Report on the lunatic asylums under the Government of Bombay - 1904-1913
Year: 1904
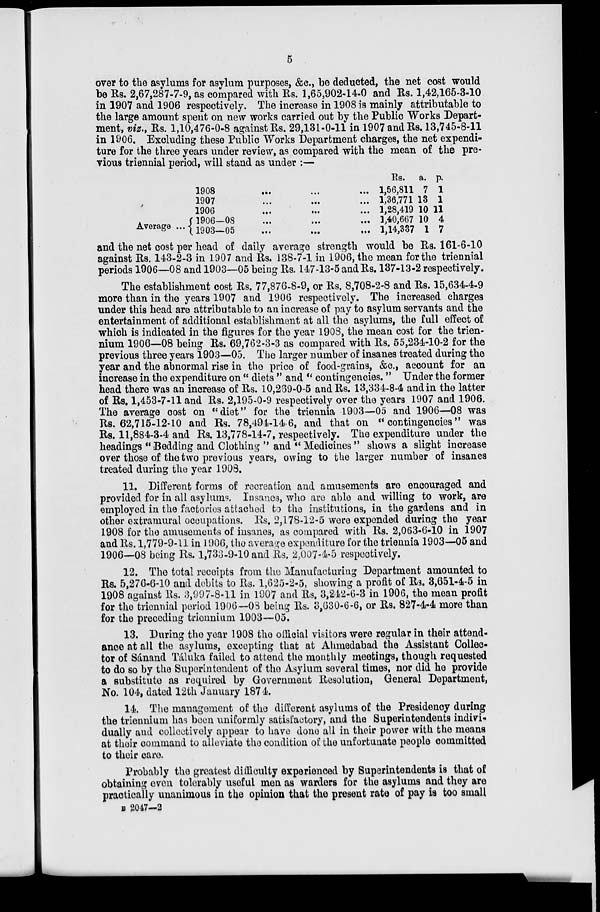
5
over to the asylums for asylum purposes, &c., be deducted, the net cost would
be Rs. 2,67,287-7-9, as compared with Rs. 1,65,902-14-0 and Rs. 1,42,165-3-10
in 1907 and 1906 respectively. The increase in 1908 is mainly attributable to
the large amount spent on new works carried out by the Public Works Depart-
ment, viz., Rs. 1,10,476-0-8 against Rs. 29,131-0-11 in 1907 and Rs. 13,745-8-11
in 1906. Excluding these Public Works Department charges, the net expendi-
ture for the three years under review, as compared with the mean of the pre-
vious triennial period, will stand as under :—
Average ...
1908 ... ... ...
1907 ... ... ...
1906
...
...
...
1906—08 ... ... ...
1903—05 ... ... ...
Rs.
1,56,811
1,36,771
1,28,419
1,40,667
1,14,337
a.
7
13
10
10
1
p.
1
1
11
4
7
and the net cost per head of daily average strength would be Rs. 161-6-10
against Rs. 143-2-3 in 1907 and Rs. 138-7-1 in 1906, the mean for the triennial
periods 1906—08 and 1903—05 being Rs. 147-13-5 and Rs. 137-13-2 respectively.
The establishment cost Rs. 77,876-8-9, or Rs. 8,708-2-8 and Rs. 15,634-4-9
more than in the years 1907 and 1906 respectively. The increased charges
under this head are attributable to an increase of pay to asylum servants and the
entertainment of additional establishment at all the asylums, the full effect of
which is indicated in the figures for the year 1908, the mean cost for the trien-
nium 1906—08 being Rs. 69,762-3-3 as compared with Rs. 55,234-10-2 for the
previous three years 1903—05. The larger number of insanes treated during the
year and the abnormal rise in the price of food-grains, &c., account for an
increase in the expenditure on " diets " and " contingencies. " Under the former
head there was an increase of Rs. 10,269-0-5 and Rs. 13,334-8-4 and in the latter
of Rs. 1,453-7-11 and Rs. 2,195-0-9 respectively over the years 1907 and 1906.
The average cost on "diet " for the triennia 1903—05 and 1906—08 was
Rs. 62,715-12-10 and Rs. 78,494-14-6, and that on " contingencies " was
Rs. 11,884-3-4 and Rs. 13,778-14-7, respectively. The expenditure under the
headings "Bedding and Clothing " and "Medicines " shows a slight increase
over those of the two previous years, owing to the larger number of insanes
treated during the year 1908.
11. Different forms of recreation and amusements are encouraged and
provided for in all asylums. Insanes, who are able and willing to work, are
employed in the factories attached to the institutions, in the gardens and in
other extramural occupations. Rs. 2,178-12-5 were expended during the year
1908 for the amusements of insanes, as compared with Rs. 2,063-6-10 in 1907
and Rs. 1,779-9-11 in 1906, the average expenditure for the triennia 1903—05 and
1906—08 being Rs. 1,733-9-10 and Rs. 2,007-4-5 respectively.
12. The total receipts from the Manufacturing Department amounted to
Rs. 5,276-6-10 and debits to Rs. 1,625-2-5, showing a profit of Rs. 3,651-4-5 in
1908 against Rs. 3,997-8-11 in 1907 and Rs. 3,242-6-3 in 1906, the mean profit
for the triennial period 1906—08 being Rs. 3,630-6-6, or Rs. 827-4-4 more than
for the preceding triennium 1903—05.
13. During the year 1908 the official visitors were regular in their attend-
ance at all the asylums, excepting that at Ahmedabad the Assistant Collec-
tor of Sánand Táluka failed to attend the monthly meetings, though requested
to do so by the Superintendent of the Asylum several times, nor did he provide
a substitute as required by Government Resolution, General Department,
No. 104, dated 12th January 1874.
14. The management of the different asylums of the Presidency during
the triennium has been uniformly satisfactory, and the Superintendents indivi-
dually and collectively appear to have done all in their power with the means
at their command to alleviate the condition of the unfortunate people committed
to their care.
Probably the greatest difficulty experienced by Superintendents is that of
obtaining even tolerably useful men as warders for the asylums and they are
practically unanimous in the opinion that the present rate of pay is too small
B 2047—2